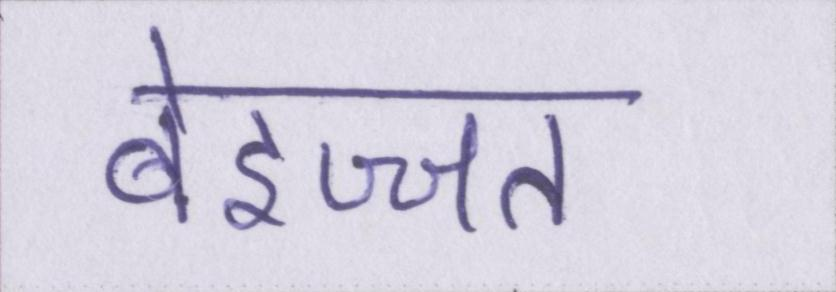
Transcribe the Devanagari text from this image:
बेइज्जत